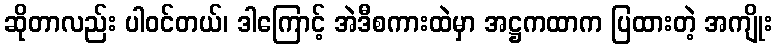
ဆိုတာလည်း ပါဝင်တယ်၊ ဒါကြောင့် အဲဒီစကားထဲမှာ အဋ္ဌကထာက ပြထားတဲ့ အကျိုး